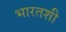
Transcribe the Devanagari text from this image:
भारतशी